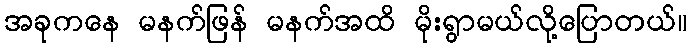
အခုကနေ မနက်ဖြန် မနက်အထိ မိုးရွာမယ်လို့ပြောတယ်။